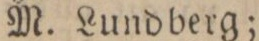
M. Lundberg;